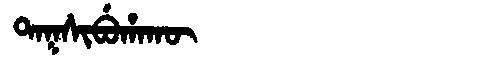
Manchu: ᡨᠠᡴᠰᡳᠪᡠᡥᠠᡴᡡ
Romanization: TAKSIBUHAKŪ